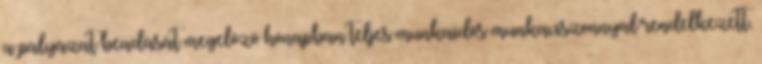
a pályázat beadását megelőző hónapban teljes munkaidős munkaviszonnyal rendelkezett,